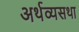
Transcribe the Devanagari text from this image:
अर्थव्यसथा